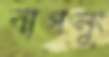
বাগলুং